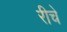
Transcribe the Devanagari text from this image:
रीचे